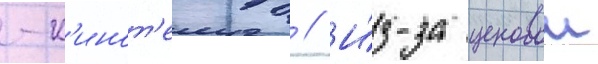
-к'инот'еатр // И́з-за ценовои